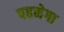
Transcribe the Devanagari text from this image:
पहनेगा